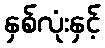
နှစ်လုံးနှင့်